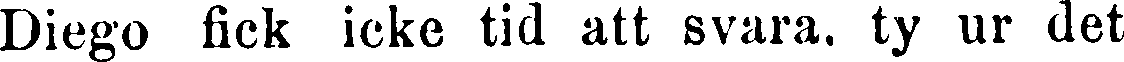
Diego fick icke tid att svara, ty ur det